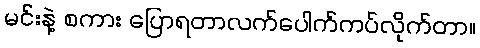
မင်းနဲ့ စကား ပြောရတာလက်ပေါက်ကပ်လိုက်တာ။